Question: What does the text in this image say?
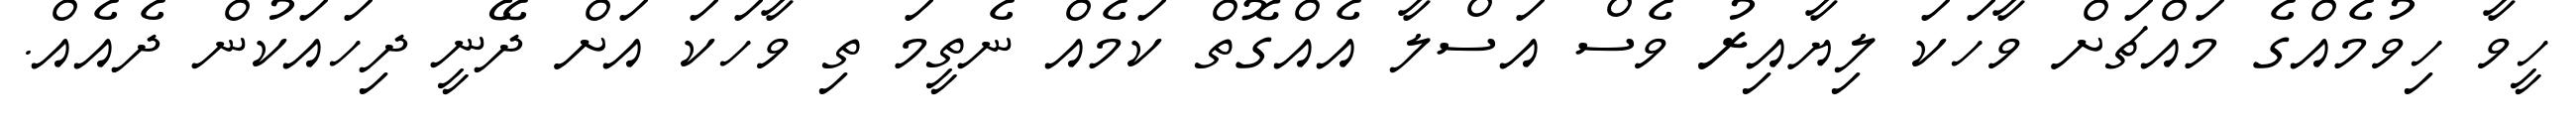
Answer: ހީވާ ހިވުމެއްގެ މައްޗަށް ވާހަކަ ލިޔާއިރު ވެސް އަސްލާ އެއްގޮތް ކަމެއް ނެތީމަ ތި ވާހަކަ އަށް ދޭނީ ދިހައަކުން ދެއެއް.